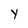
Character: Y